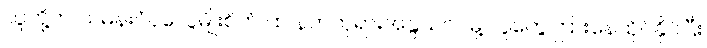
သူတို့က သမန်းဝံပုလွေမျိုးစိတ် ထဲ နတ်ဘုရားအနွယ်ဝင်မို့ လူတွေကြားနေထိုင်နိုင်ပြီး